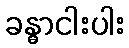
ခန္ဓာငါးပါး